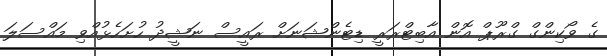
ގެ ވޯކިންގް ގްރޫޕް އޮން އާބިޓްރަރީ ޑިޓެންޝަނަށް ރައީސް ނަޝީދު ހުށަހެޅުއްވި މައްސަލަ